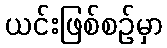
ယင်းဖြစ်စဉ်မှာ